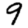
Digit: 9